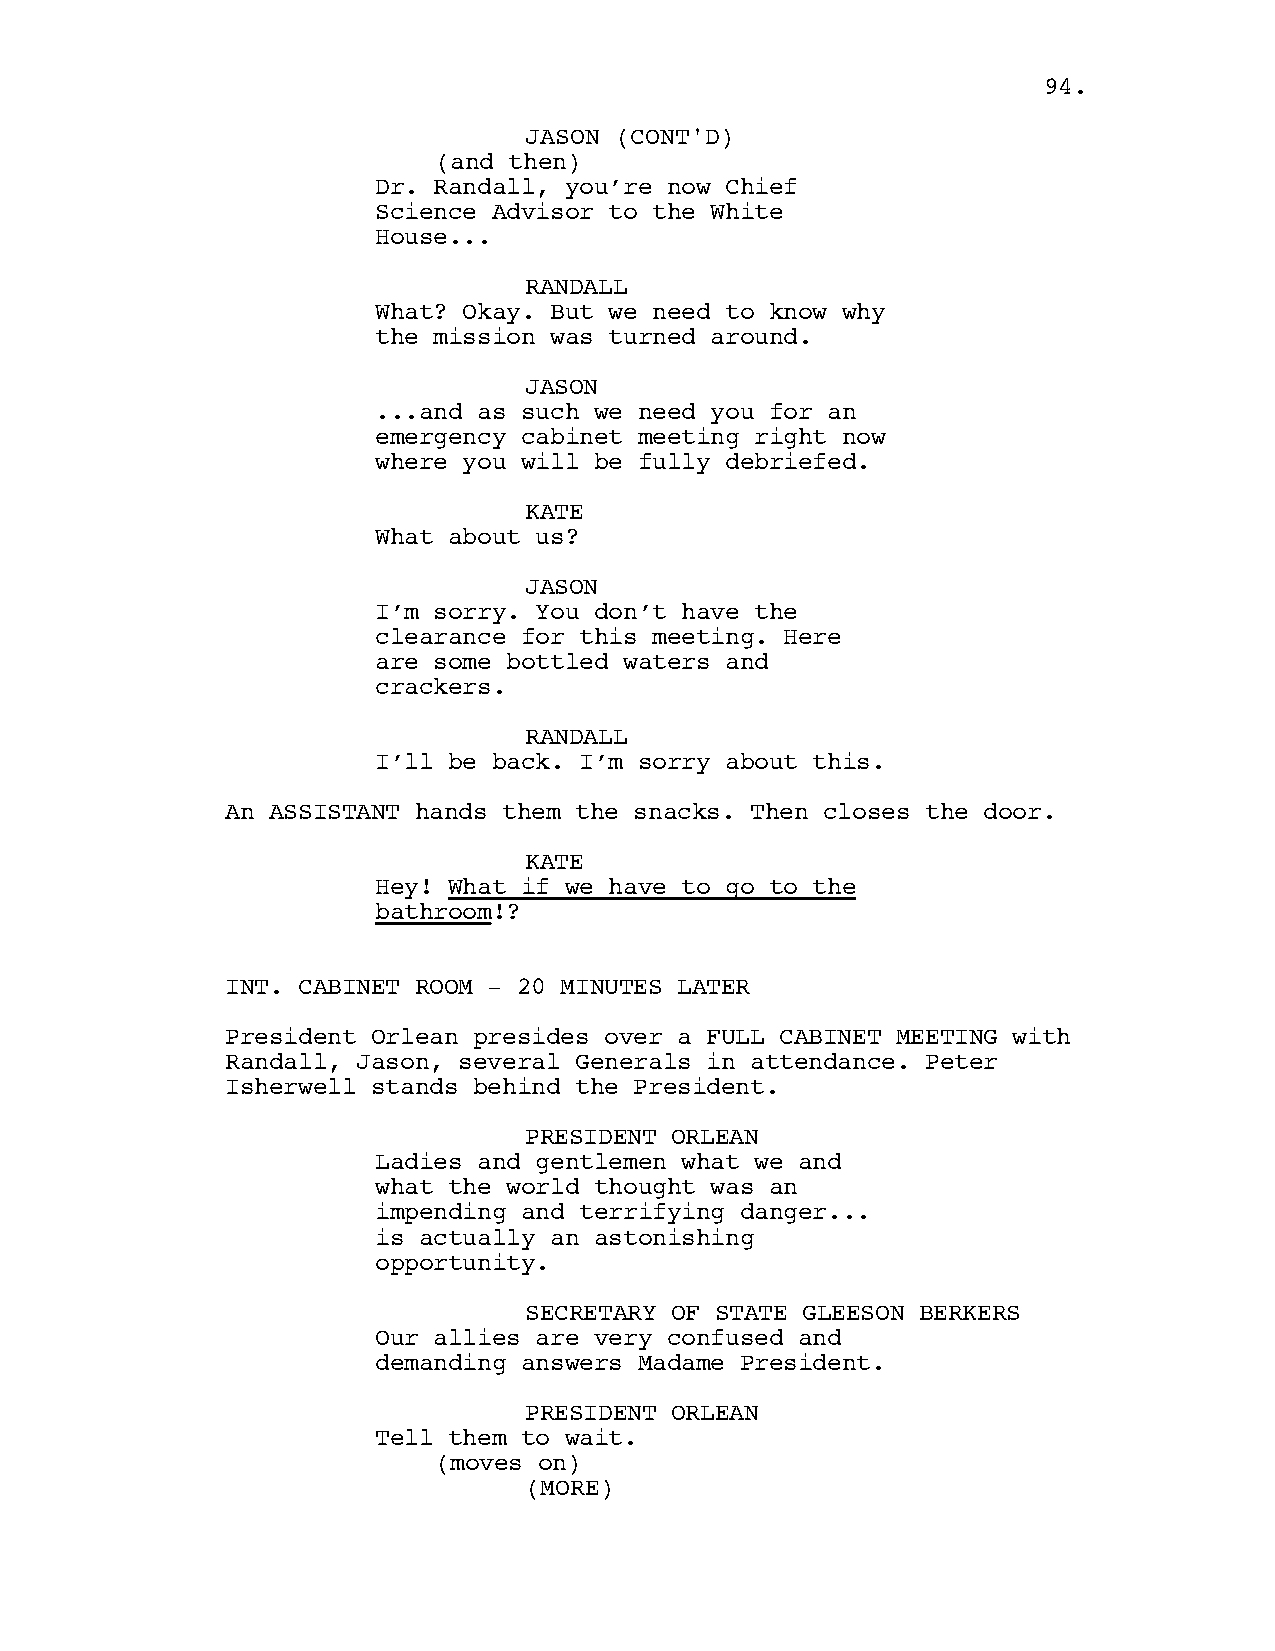
9944..
 JJAASSOONN ((CCOONNTT''DD))
 (and then)
 Dr. Randall, you’re now Chief
 Science Advisor to the White
 House...
 RANDALL
 What? Okay. But we need to know why
 the mission was turned around.
 JASON
 ...and as such we need you for an
 emergency cabinet meeting right now
 where you will be fully debriefed.
 KATE
 What about us?
 JASON
 I’m sorry. You don’t have the
 clearance for this meeting. Here
 are some bottled waters and
 crackers.
 RANDALL
 I’ll be back. I’m sorry about this.
 An ASSISTANT hands them the snacks. Then closes the door.
 KATE
 Hey! What if we have to go to the
 bathroom!?
 INT. CABINET ROOM - 20 MINUTES LATER
 President Orlean presides over a FULL CABINET MEETING with
 Randall, Jason, several Generals in attendance. Peter
 Isherwell stands behind the President.
 PRESIDENT ORLEAN
 Ladies and gentlemen what we and
 what the world thought was an
 impending and terrifying danger...
 is actually an astonishing
 opportunity.
 SECRETARY OF STATE GLEESON BERKERS
 Our allies are very confused and
 demanding answers Madame President.
 PRESIDENT ORLEAN
 Tell them to wait.
 (moves on)
 ((MMOORREE))